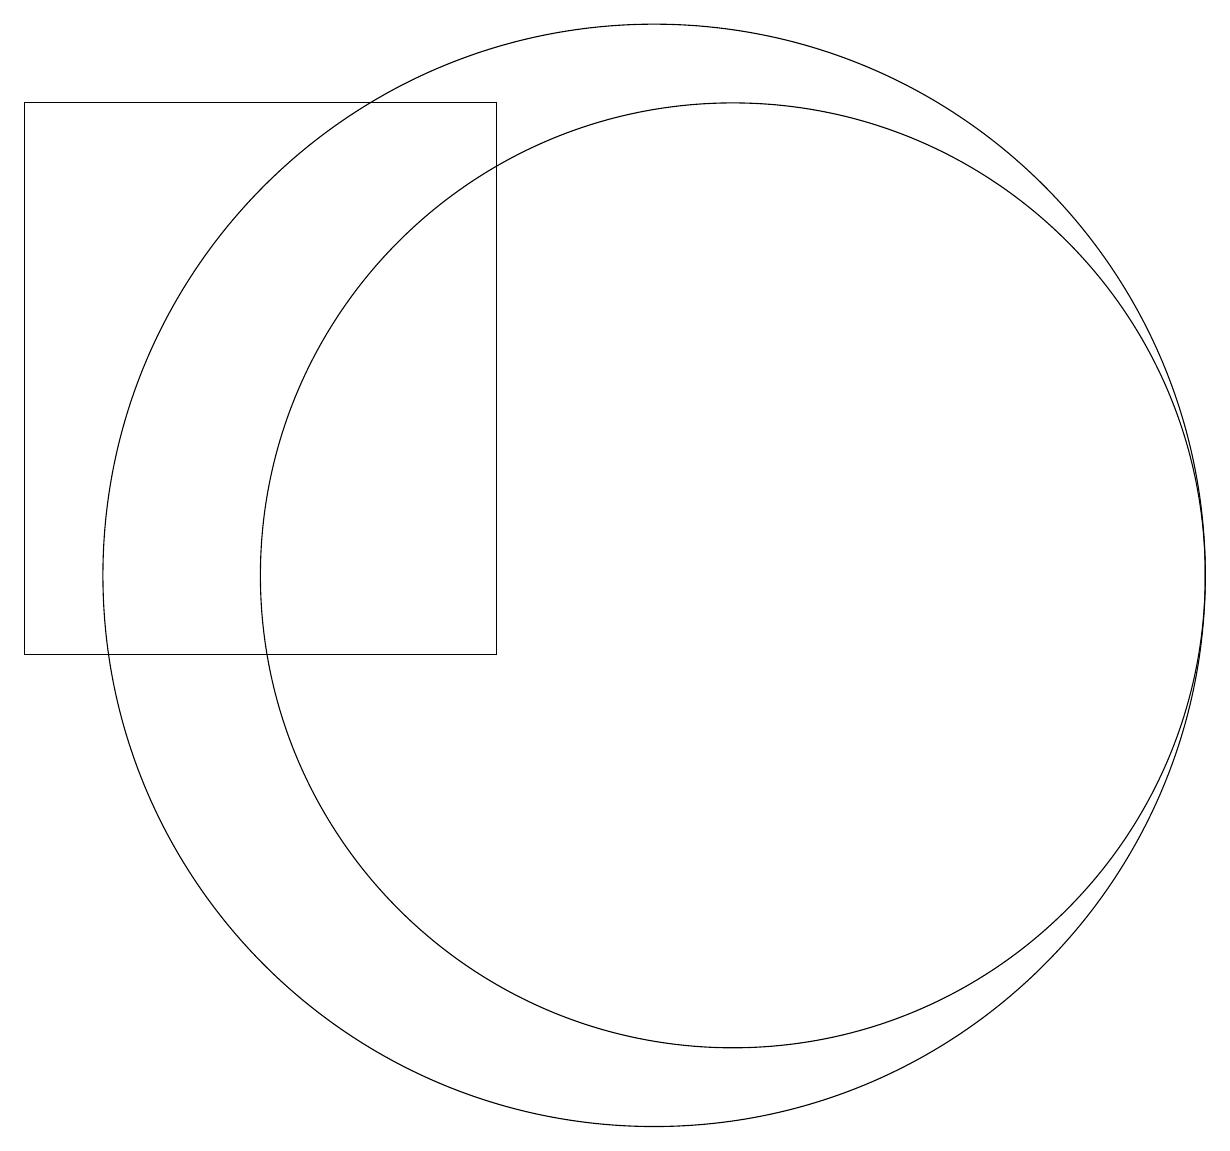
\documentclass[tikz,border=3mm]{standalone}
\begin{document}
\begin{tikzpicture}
\draw (9,17) rectangle (3,10);
\draw (12,11) circle (6);
\draw (11,11) circle (7);
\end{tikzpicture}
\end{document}